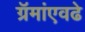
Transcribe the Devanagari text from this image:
ग्रॅमांएवढे